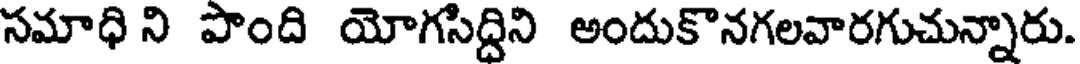
సమాధి ని పొంది యోగసిద్దిని అందుకొనగలవారగుచున్నారు.